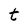
Character: t